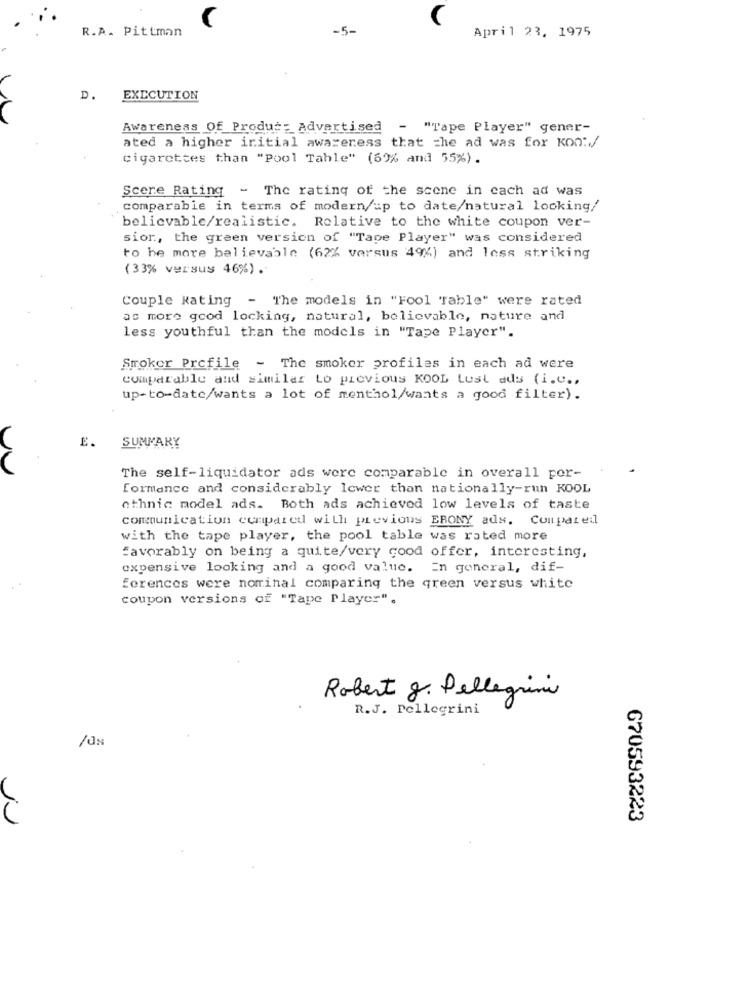
C
R.A. Pittman
-5-
April 23, 1975
D.
EXECUTION
Awareness Of_Produc: Advertised
- "Tape Player" gener-
ated a higher initial awareness that che ad was for Kon :. /
cigarettes than "Pool Table" (6% and 55%) .
Scere Rating - The rating of the scene in each ad was
comparable in terms of modern/up to date/natural looking/
believable/realistic. Relative to the white coupon ver-
sior, the green version of "Tape Player" was considered
to he more believable (62% versus 49%) and less striking
(33% versus 46%) .
Couple Rating
- The models in "Fool Table" were rated
as more good locking, natural, believable, nature and
less youthful than the models in "Tape Player".
Smoker Profile - The smoker profiles in each ad were
Comparable and similar Lo previous KOOL Lust ads (i.c .,
up-to-date/wants a lot of menthol/wants a good filter).
E.
SUMMARY
The self-liquidator ads were comparable in overall por-
formance and considerably lower than nationally-run KOOL
ethnic model ads. Both ads achieved low levels of taste
communication compared with previous EBONY ads. Compared
with the tape player, the pool table was rated more
Favorably on being a quite/very good offer, interesting,
expensive looking and a good value. En general, dif-
ferences were nominal comparing the green versus white
coupon versions of "Tape Player".
Robert J. Pellegrini
R.J. Pellegrini
/as
670593223